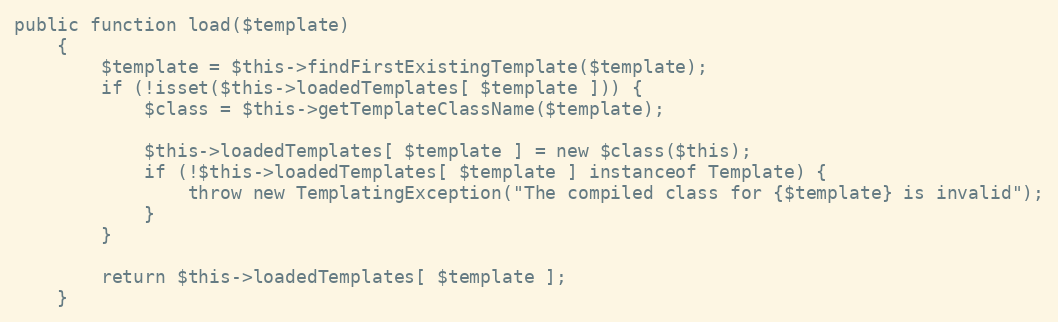
Language: PHP
public function load($template)
    {
        $template = $this->findFirstExistingTemplate($template);
        if (!isset($this->loadedTemplates[ $template ])) {
            $class = $this->getTemplateClassName($template);

            $this->loadedTemplates[ $template ] = new $class($this);
            if (!$this->loadedTemplates[ $template ] instanceof Template) {
                throw new TemplatingException("The compiled class for {$template} is invalid");
            }
        }

        return $this->loadedTemplates[ $template ];
    }